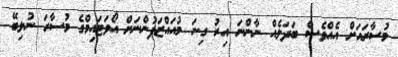
މުސާރައަށް އެއްވެސް ބަދަަލެއް ނާންނަ އިރު ގިނަ މުއައްޒަފުންނަށް އޯވަޓައިމްގެ މުސާރަ ނުލިބޭ